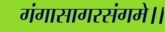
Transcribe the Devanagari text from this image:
गंगासागरसंगमे।।